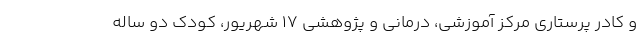
و کادر پرستاری مرکز آموزشی، درمانی و پژوهشی ۱۷ شهریور، کودک دو ساله